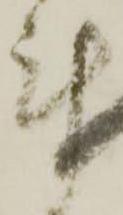
計